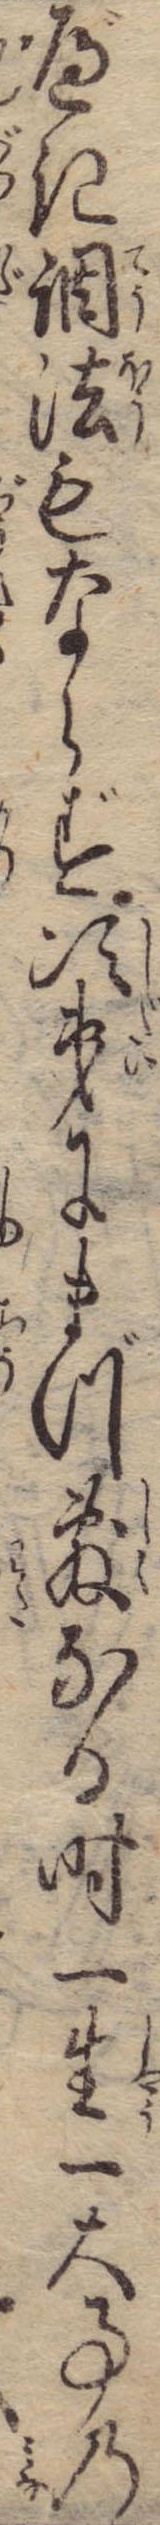
べき調法もならず次第にまづ敷なる時一生一大事の